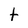
Character: t